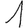
Digit: 1